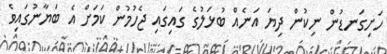
ހަށިގަނޑުން ނިކުން ދިޔަ އަނެއް ބުޅަލުގެ ގައިގައި ޖެހުމުން ކަމަށް އެ ބަޔާނުގައިވެ